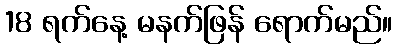
18 ရက်နေ့ မနက်ဖြန် ရောက်မည်။